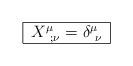
LaTeX: \begin{align*}\begin{tabular}{|c|} \hline $ X^\mu_{\ ;\nu} = \delta^\mu_{\ \nu} $ \\ \hline\end{tabular}\end{align*}